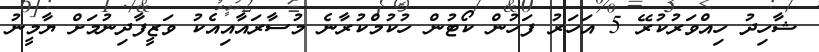
ޝާހިދު ހިއްވަރުކުރޭ 5 އަހަރު ފަހުން ކޯޓުން ހުކުމްކުރާނެ މުސާރައާއިއެކު ވަޒީފާދިނުމަށް ޔާމީނު